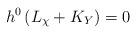
LaTeX: \begin{align*} h^0\left( L_{ \chi} + K_Y \right) = 0 \end{align*}